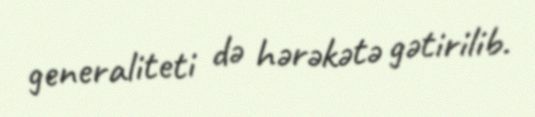
generaliteti də hərəkətə gətirilib.